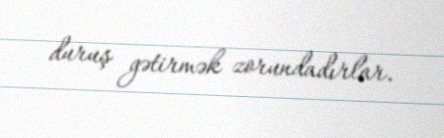
duruş gətirmək zorundadırlar.